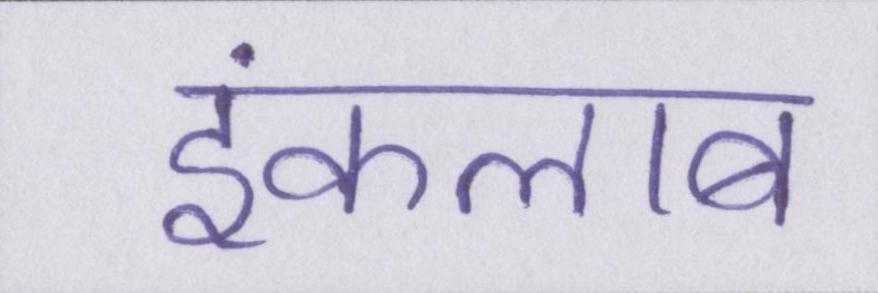
इंकलाब